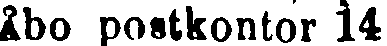
Åbo postkontor 14